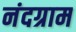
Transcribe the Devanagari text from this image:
नंदग्राम